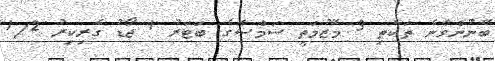
ބޭނުންވާނެ ތަކެތި 3 މޭޒުމަތީ ސަމްސާގެ ބަޓަރު 1 ޖޯޑު ގެރިކިރު 1/2